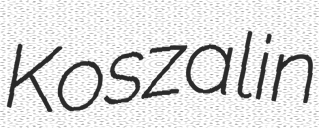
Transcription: Koszalin